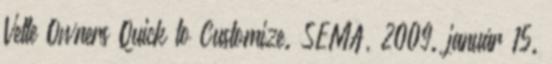
Vette Owners Quick to Customize. SEMA, 2009. január 15.